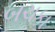
બચકા